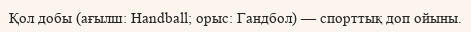
Қол добы (ағылш: Handball; орыс: Гандбол) — спорттық доп ойыны.